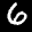
Label: 6